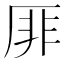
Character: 厞